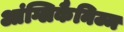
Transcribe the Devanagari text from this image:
आंग्लिकैनिज्म